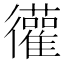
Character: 𫹩